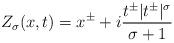
LaTeX: \begin{align*}Z_\sigma(x,t)=x^\pm +i\frac{t^\pm |t^\pm |^\sigma}{\sigma+1}\end{align*}